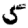
Digit: 5